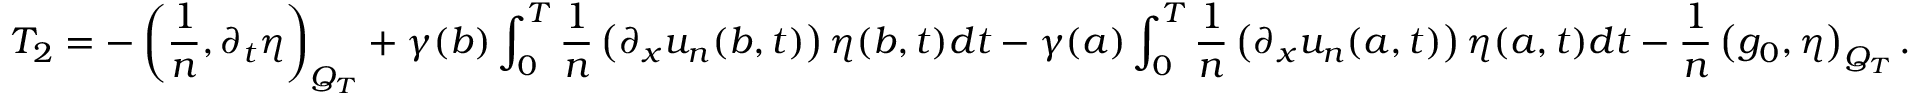
T _ { 2 } = - \left( \frac { 1 } { n } , \partial _ { t } \eta \right) _ { Q _ { T } } + \gamma ( b ) \int _ { 0 } ^ { T } \frac { 1 } { n } \left( \partial _ { x } u _ { n } ( b , t ) \right) \eta ( b , t ) d t - \gamma ( a ) \int _ { 0 } ^ { T } \frac { 1 } { n } \left( \partial _ { x } u _ { n } ( a , t ) \right) \eta ( a , t ) d t - \frac { 1 } { n } \left( g _ { 0 } , \eta \right) _ { Q _ { T } } .